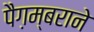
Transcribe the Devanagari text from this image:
पैग़म्बराने